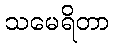
သမေရိတာ